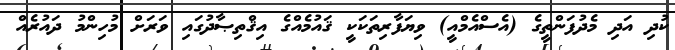
ކުދި އަދި މެދުފަންތީގެ (އެސްއެމްއީ) ވިޔަފާރިތަކަކީ ޤައުމެއްގެ އިޤްތިޞާދުގައި ވަރަށް މުހިންމު ދައުރެއް